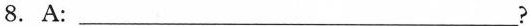
8. A: __?